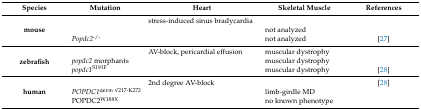
<table><thead><tr><td><b>Species</b></td><td><b>Mutation</b></td><td><b>Heart</b></td><td><b>Skeletal Muscle</b></td><td><b>References</b></td></tr></thead><tbody><tr><td rowspan="3"><b>mouse</b></td><td>[EMPTY_CELL]</td><td>stress-induced sinus bradycardia</td><td>[EMPTY_CELL]</td><td>[EMPTY_CELL]</td></tr><tr><td>[EMPTY_CELL]</td><td>[EMPTY_CELL]</td><td>not analyzed</td><td>[EMPTY_CELL]</td></tr><tr><td><i>Popdc2</i><sup>-/-</sup></td><td>[EMPTY_CELL]</td><td>not analyzed</td><td>[27]</td></tr><tr><td rowspan="3"><b>zebrafish</b></td><td>[EMPTY_CELL]</td><td>AV-block, pericardial effusion</td><td>muscular dystrophy</td><td>[EMPTY_CELL]</td></tr><tr><td><i>popdc2</i> morphants</td><td>[EMPTY_CELL]</td><td>muscular dystrophy</td><td>[EMPTY_CELL]</td></tr><tr><td><i>popdc1</i><sup>S191F</sup></td><td>[EMPTY_CELL]</td><td>muscular dystrophy</td><td>[28]</td></tr><tr><td rowspan="3"><b>human</b></td><td>[EMPTY_CELL]</td><td>2nd degree AV-block </td><td>[EMPTY_CELL]</td><td>[28]</td></tr><tr><td><i>POPDC1</i><sup>del56 V217-K272</sup></td><td>[EMPTY_CELL]</td><td>limb-girdle MD</td><td>[EMPTY_CELL]</td></tr><tr><td>POPDC2<sup>W188X</sup></td><td>[EMPTY_CELL]</td><td>no known phenotype</td><td>[EMPTY_CELL]</td></tr></tbody></table>